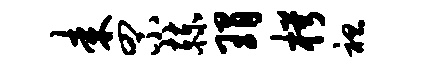
耒罘赫瑁枵袒